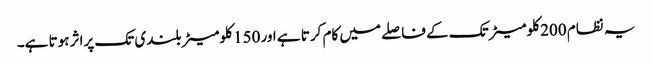
یہ نظام 200 کلومیٹر تک کے فاصلے میں کام کرتا ہے اور 150 کلومیٹر بلندی تک پراثر ہوتا ہے۔